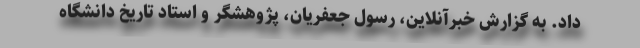
داد. به گزارش خبرآنلاین، رسول جعفریان، پژوهشگر و استاد تاریخ دانشگاه